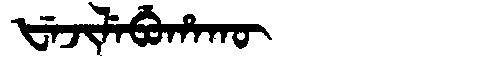
Manchu: ᡶᡝᠵᡳᠯᡝᠪᡠᡥᠠᡴᡡ
Romanization: FEJILEBUHAKŪ